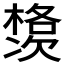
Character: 𱤗